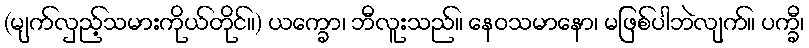
(မျက်လှည့်သမားကိုယ်တိုင်။) ယက္ခော၊ ဘီလူးသည်။ နေဝသမာနော၊ မဖြစ်ပါဘဲလျက်။ ပက္ခီ၊